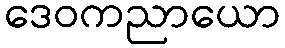
ဒေဝကညာယော